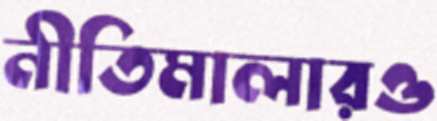
নীতিমালারও